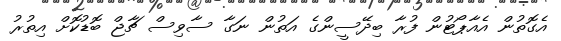
އެގޮތުން އެއާޕޯޓުން ފުރާ ބިދޭސީންގެ އަތުން ނަގާ ސާވިސް ޗާޖް ބޮޑުކޮށް އިތުރު